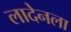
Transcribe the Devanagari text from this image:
लादेनला